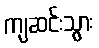
ကျဆင်းသွား